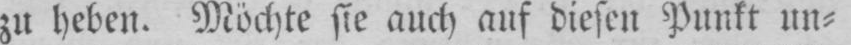
zu heben. Möchte sie auch auf diesen Punkt un⸗